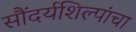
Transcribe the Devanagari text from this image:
सौंदर्यशिल्पांचा